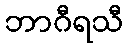
ဘာဂီရသီ